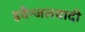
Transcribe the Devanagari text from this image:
इवैन्जलवादी